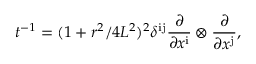
t ^ { - 1 } = ( 1 + r ^ { 2 } / 4 L ^ { 2 } ) ^ { 2 } \delta ^ { \mathrm { i j } } { \frac { \partial } { \partial x ^ { \mathrm { i } } } } \otimes { \frac { \partial } { \partial x ^ { \mathrm { j } } } } ,